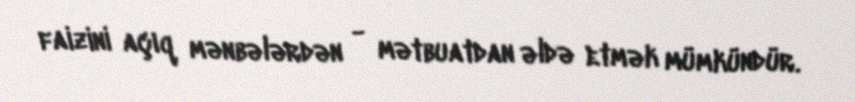
faizini açıq mənbələrdən - mətbuatdan əldə etmək mümkündür.